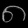
Digit: ၈